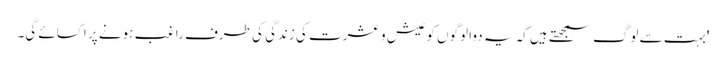
'بہت سے لوگ سمجھتے ہیں کہ یہ دوا لوگوں کو عیش و عشرت کی زندگی کی طرف راغب ہونے پر اکسائے گی۔